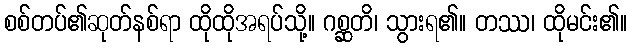
စစ်တပ်၏ဆုတ်နစ်ရာ ထိုထိုအရပ်သို့။ ဂစ္ဆတိ၊ သွားရ၏။ တဿ၊ ထိုမင်း၏။